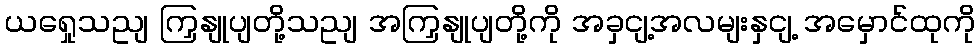
ယရှေုသညျ ကြှနျုပျတို့သညျ အကြှနျုပျတို့ကို အခှငျ့အလမျးနှငျ့ အမှောင်ထုကို